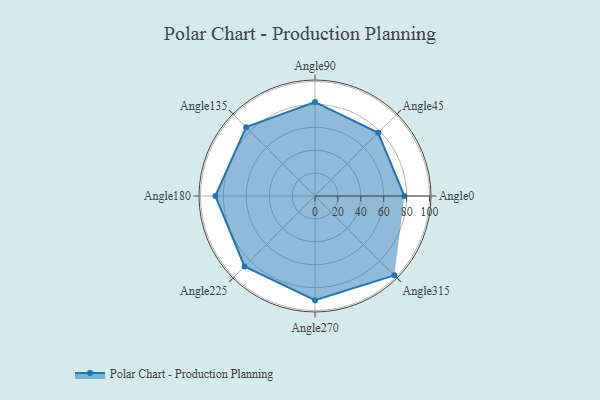
{"axis": {"x": "Angle", "y": "Radius"}, "legend": [""], "data": [{"x": "Angle0", "y": 78.0, "type": ""}, {"x": "Angle45", "y": 78.0, "type": ""}, {"x": "Angle90", "y": 82.0, "type": ""}, {"x": "Angle135", "y": 85.0, "type": ""}, {"x": "Angle180", "y": 87.0, "type": ""}, {"x": "Angle225", "y": 87.0, "type": ""}, {"x": "Angle270", "y": 91.0, "type": ""}, {"x": "Angle315", "y": 98.0, "type": ""}]}